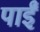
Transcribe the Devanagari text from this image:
पाईंं